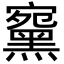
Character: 䵫